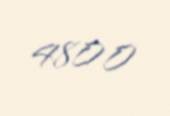
4800